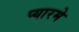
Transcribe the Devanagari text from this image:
प्यारमे